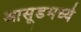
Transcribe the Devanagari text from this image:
आसूडमध्ये